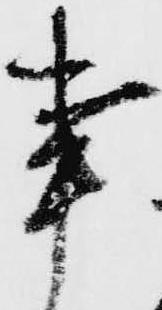
事